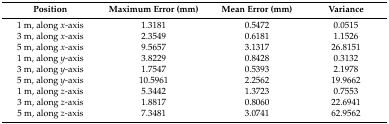
<table><thead><tr><td><b>Position</b></td><td><b>Maximum Error (mm)</b></td><td><b>Mean Error (mm)</b></td><td><b>Variance</b></td></tr></thead><tbody><tr><td>1 m, along <i>x</i>-axis</td><td>1.3181</td><td>0.5472</td><td>0.0515</td></tr><tr><td>3 m, along <i>x</i>-axis</td><td>2.3549</td><td>0.6181</td><td>1.1526</td></tr><tr><td>5 m, along <i>x</i>-axis</td><td>9.5657</td><td>3.1317</td><td>26.8151</td></tr><tr><td>1 m, along <i>y</i>-axis</td><td>3.8229</td><td>0.8428</td><td>0.3132</td></tr><tr><td>3 m, along <i>y</i>-axis</td><td>1.7547</td><td>0.5393</td><td>2.1978</td></tr><tr><td>5 m, along <i>y</i>-axis</td><td>10.5961</td><td>2.2562</td><td>19.9662</td></tr><tr><td>1 m, along <i>z</i>-axis</td><td>5.3442</td><td>1.3723</td><td>0.7553</td></tr><tr><td>3 m, along <i>z</i>-axis</td><td>1.8817</td><td>0.8060</td><td>22.6941</td></tr><tr><td>5 m, along <i>z</i>-axis</td><td>7.3481</td><td>3.0741</td><td>62.9562</td></tr></tbody></table>